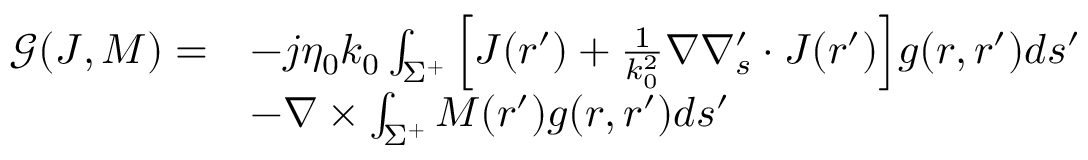
\begin{array} { r l } { \mathcal { G } ( \boldsymbol { J } , \boldsymbol { M } ) = } & { - j \eta _ { 0 } k _ { 0 } \int _ { \Sigma ^ { + } } { \left[ \boldsymbol { J } ( \boldsymbol { r } ^ { \prime } ) + \frac { 1 } { k _ { 0 } ^ { 2 } } \nabla \nabla _ { s } ^ { \prime } \cdot \boldsymbol { J } ( \boldsymbol { r } ^ { \prime } ) \right] } g ( \boldsymbol { r } , \boldsymbol { r } ^ { \prime } ) d s ^ { \prime } } \\ & { - \nabla \times \int _ { \Sigma ^ { + } } { \boldsymbol { M } } ( \boldsymbol { r } ^ { \prime } ) g ( \boldsymbol { r } , \boldsymbol { r } ^ { \prime } ) d s ^ { \prime } } \end{array}